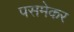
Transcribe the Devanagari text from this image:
पसमेकर